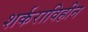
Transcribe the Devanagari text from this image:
शर्कराविहीन